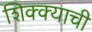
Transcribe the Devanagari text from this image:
शिक्क्याची